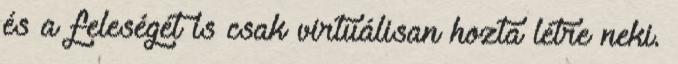
és a feleségét is csak virtuálisan hozta létre neki.